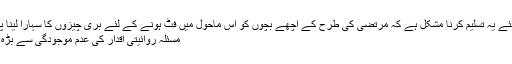
ان کے لئے یہ تسلیم کرنا مشکل ہے کہ مرتضٰی کی طرح کے اچھے بچوں کو اس ماحول میں فٹ ہونے کے لئے بری چیزوں کا سہارا لینا پڑتا ہے.
مسئلہ روائیتی اقدار کی عدم موجودگی سے بڑه کر ہے۔